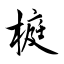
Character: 榳